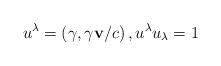
LaTeX: \begin{align*}u^{\lambda}=\left( \gamma,\gamma\mathbf{v}/c\right) ,u^{\lambda}u_{\lambda}=1 \end{align*}